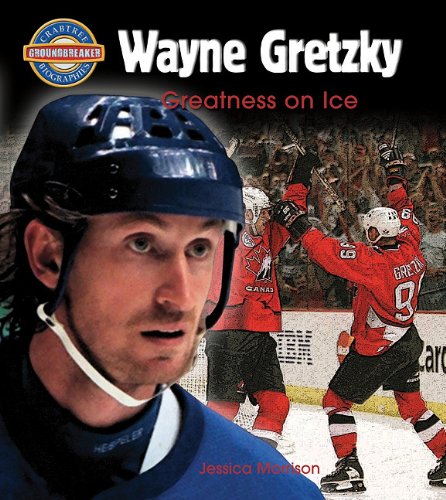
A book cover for Wayne Gretzky: Greatness on Ice (Crabtree Groundbreaker Biographies); Jessica Morrison; Children's Books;